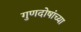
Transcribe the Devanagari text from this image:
गुणदोषांच्या